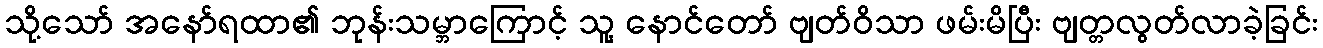
သို့သော် အနော်ရထာ၏ ဘုန်းသမ္ဘာကြောင့် သူ့ နောင်တော် ဗျတ်ဝိသာ ဖမ်းမိပြီး ဗျတ္တလွတ်လာခဲ့ခြင်း